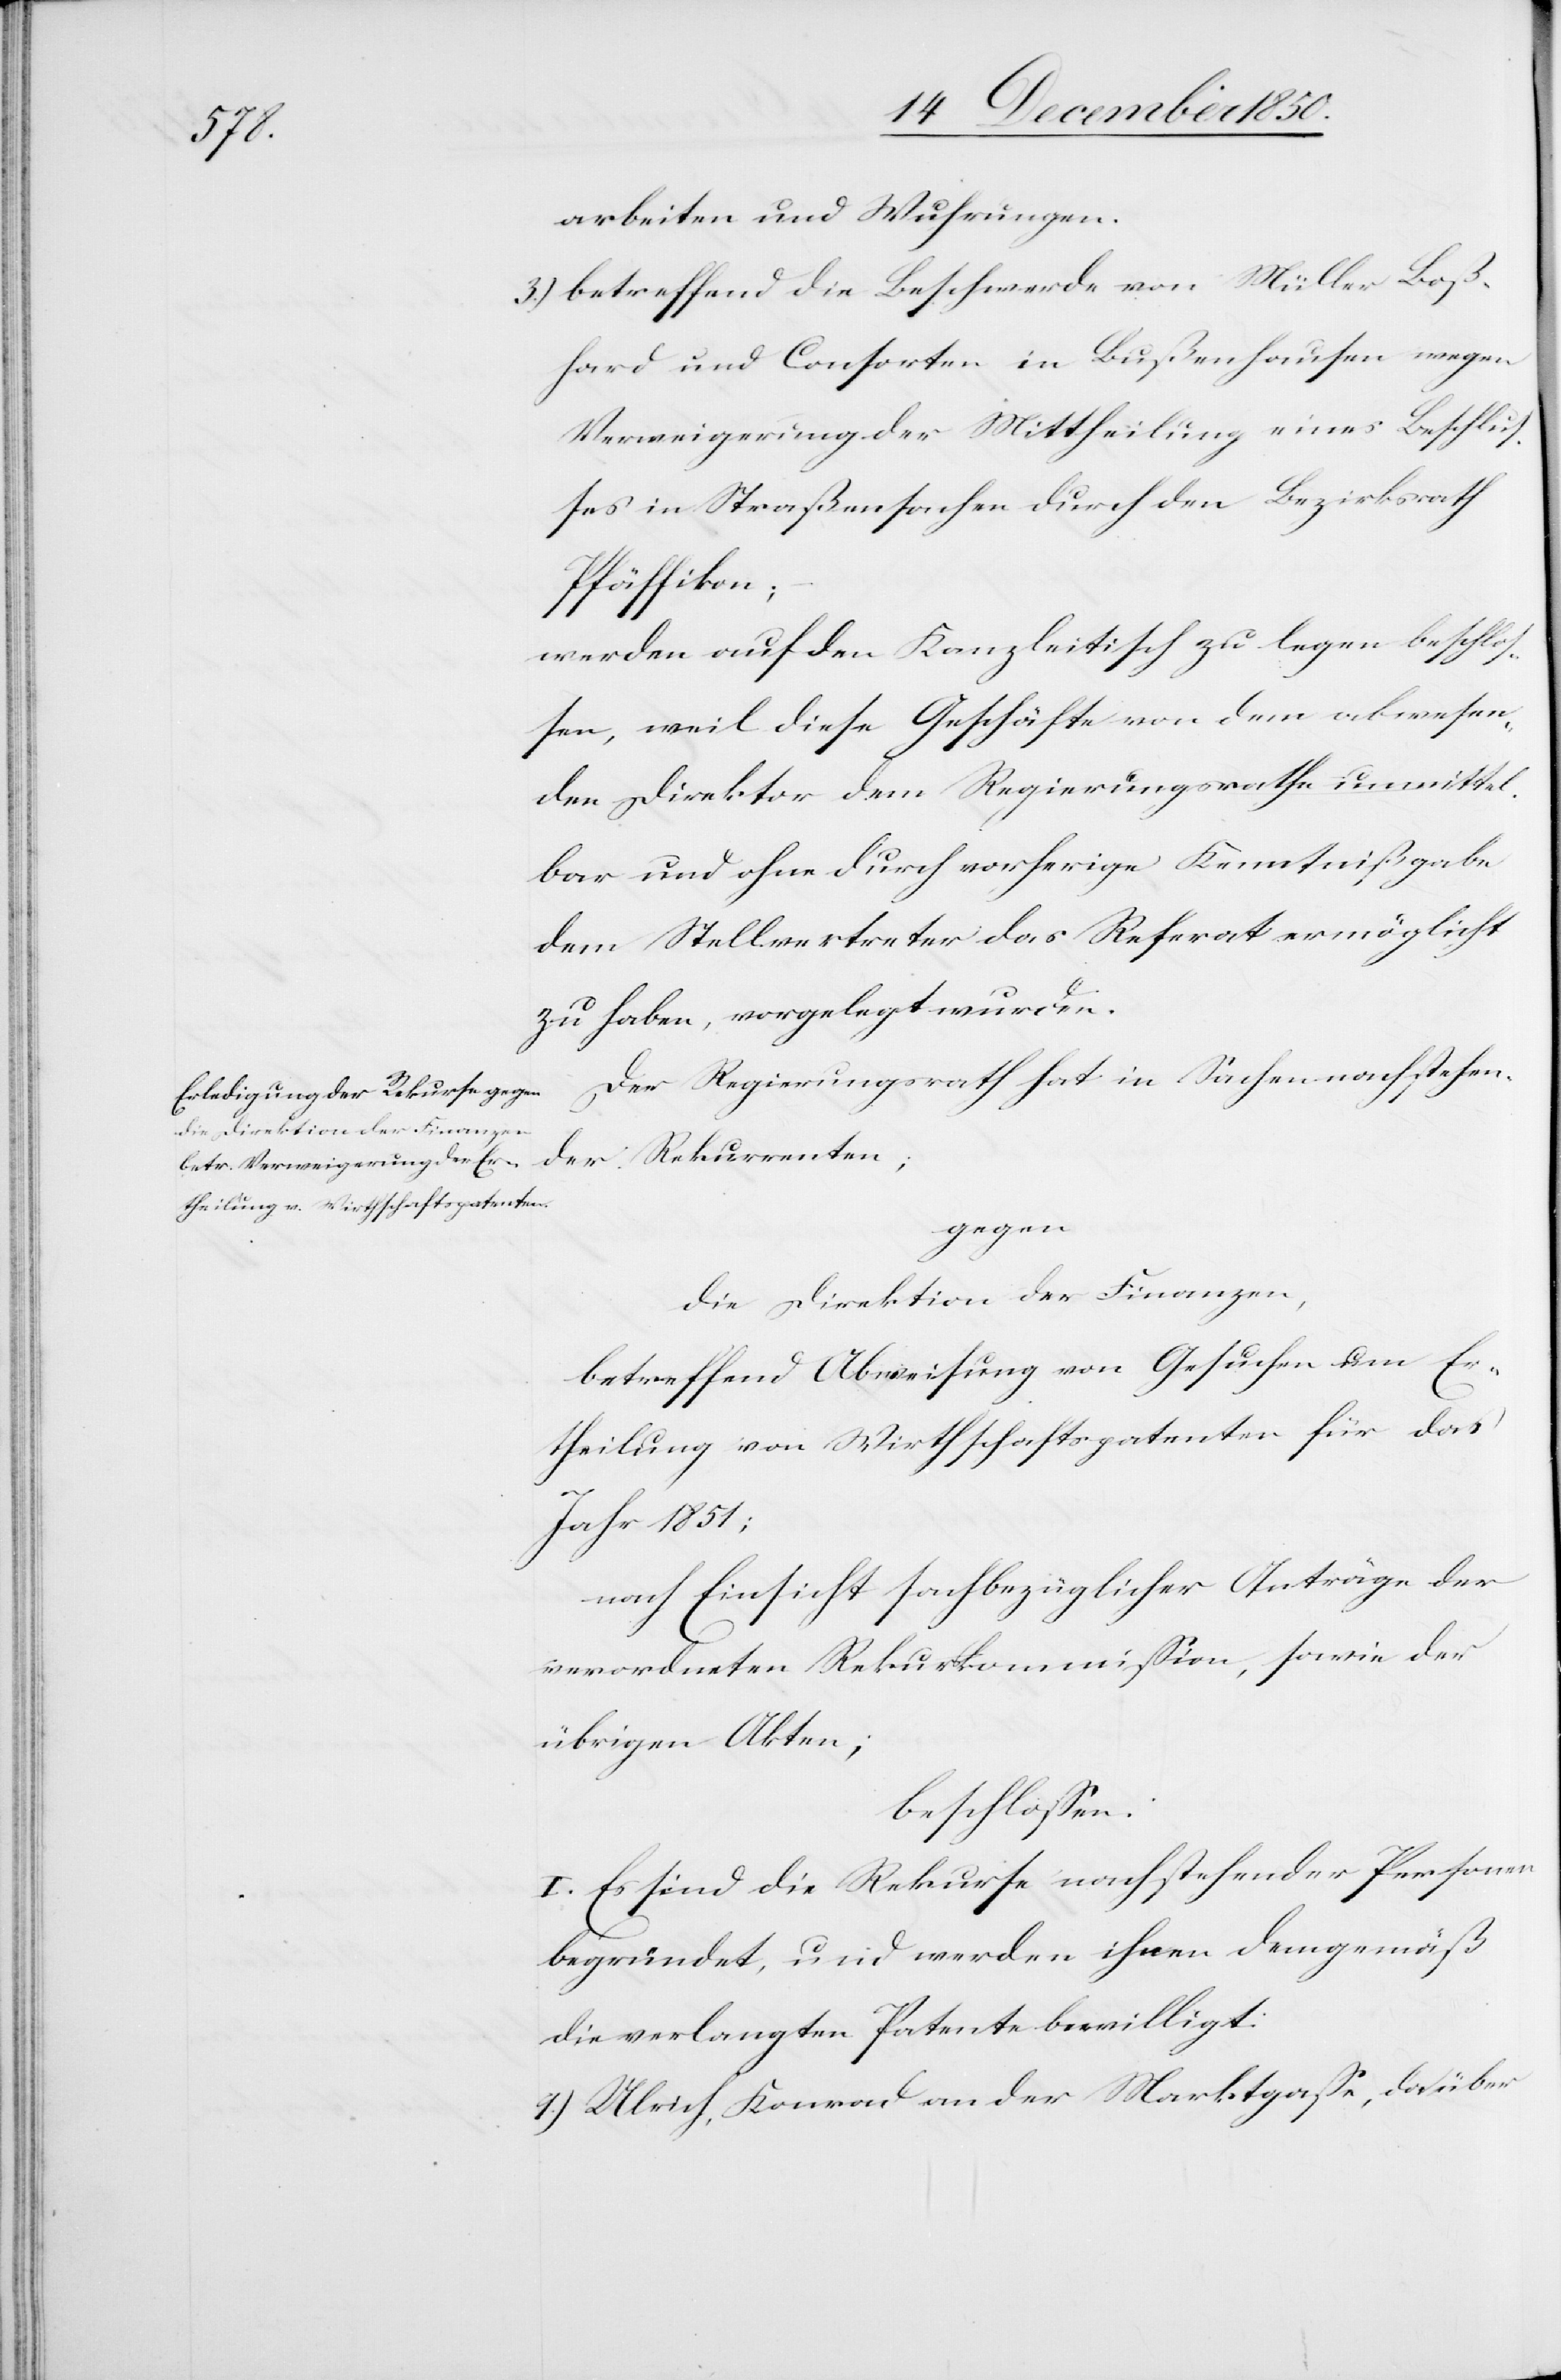
arbeiten und Wuhrungen.
3.) betreffend die Beschwerde von Müller Boß¬
hard und Consorten in Bußenhausen wegen
Verweigerung der Mittheilung eines Beschlus¬
ses in Straßensachen durch den Bezirksrath
Pfäffikon;
werden auf den Kanzleitisch zu legen beschlos¬
sen, weil diese Geschäfte von dem abwesen¬
den Direktor dem Regierungsrathe unmittel¬
bar und ohne durch vorherige Kenntnißgabe
dem Stellvertreter das Referat ermöglicht
zu haben, vorgelegt wurden.
Der Regierungsrath hat in Sachen nachstehen¬
der Rekurrenten;
gegen
die Direktion der Finanzen,
betreffend Abweisung von Gesuchen um Er¬
theilung von Wirthschaftspatenten für das
Jahr 1851;
nach Einsicht sachbezüglicher Anträge der
verordneten Rekurskommission, sowie der
übrigen Akten;
beschlossen:
I. Es sind die Rekurse nachstehender Personen
begründet, und werden ihnen demgemäß
die verlangten Patente bewilligt:
1.) Ulrich, Konrad an der Marktgasse, da über